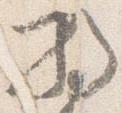
将